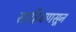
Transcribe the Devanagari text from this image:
साहिबपासून